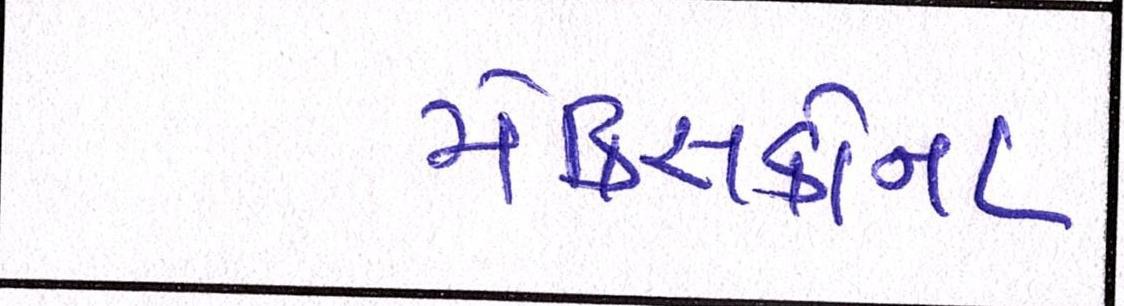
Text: મેક્સિકોના